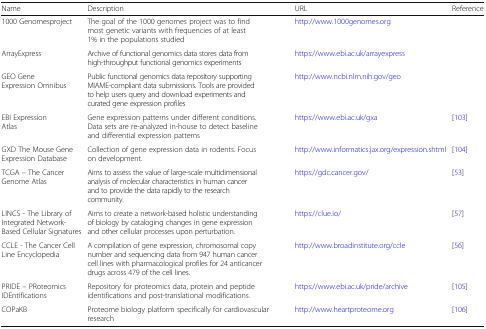
| Name | Description | URL | Reference |
 | --- | --- | --- | --- |
 | 1000 Genomesproject | The goal of the 1000 genomes project was to find most genetic variants with frequencies of at least 1% in the populations studied | http://www.1000genomes.org |  |
 | ArrayExpress | Archive of functional genomics data stores data from high-throughput functional genomics experiments | https://www.ebi.ac.uk/arrayexpress |  |
 | GEO Gene Expression Omnibus | Public functional genomics data repository supporting MIAME-compliant data submissions. Tools are provided to help users query and download experiments and curated gene expression profiles | http://www.ncbi.nlm.nih.gov/geo |  |
 | EBI Expression Atlas | Gene expression patterns under different conditions. Data sets are re-analyzed in-house to detect baseline and differential expression patterns | https://www.ebi.ac.uk/gxa | [103] |
 | GXD The Mouse Gene Expression Database | Collection of gene expression data in rodents. Focus on development. | http://www.informatics.jax.org/expression.shtml | [104] |
 | TCGA – The Cancer Genome Atlas | Aims to assess the value of large-scale multidimensional analysis of molecular characteristics in human cancer and to provide the data rapidly to the research community. | https://gdc.cancer.gov/ | [53] |
 | LINCS - The Library of Integrated Network-Based Cellular Signatures | Aims to create a network-based holistic understanding of biology by cataloging changes in gene expression and other cellular processes upon perturbation. | https://clue.io/ | [57] |
 | CCLE - The Cancer Cell Line Encyclopedia | A compilation of gene expression, chromosomal copy number and sequencing data from 947 human cancer cell lines with pharmacological profiles for 24 anticancer drugs across 479 of the cell lines. | http://www.broadinstitute.org/ccle | [56] |
 | PRIDE – PRoteomics IDEntifications | Repository for proteomics data, protein and peptide identifications and post-translational modifications. | https://www.ebi.ac.uk/pride/archive | [105] |
 | COPaKB | Proteome biology platform specifically for cardiovascular research | http://www.heartproteome.org | [106] |